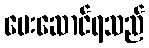
ပေးဆောင်ရသည်